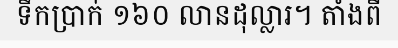
ទឹកប្រាក់ ១៦០ លានដុល្លារ។ តាំងពី